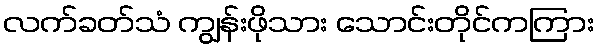
လက်ခတ်သံ ကျွန်းဖိုသား သောင်းတိုင်ကကြား